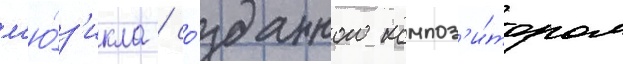
м'ю́з'икла / со́зданного композ'и́тором